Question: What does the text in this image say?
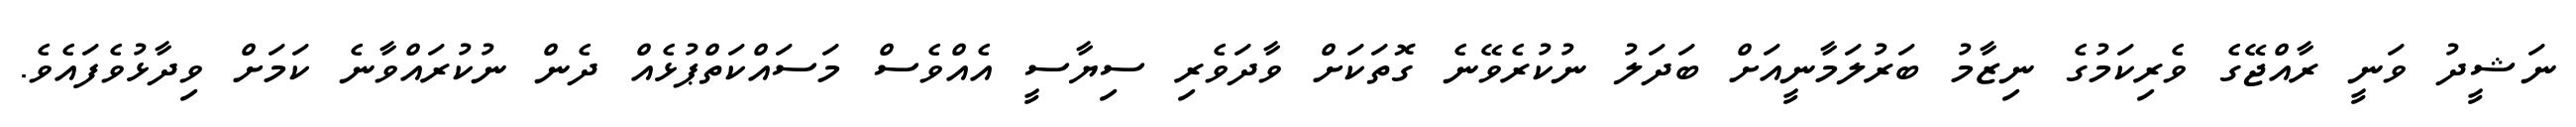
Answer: ނަޝީދު ވަނީ ރާއްޖޭގެ ވެރިކަމުގެ ނިޒާމު ބަރުލަމާނީއަށް ބަދަލު ނުކުރެވޭނެ ގޮތަކަށް ވާދަވެރި ސިޔާސީ އެއްވެސް މަސައްކަތްޕުޅެއް ދެން ނުކުރައްވާނެ ކަމަށް ވިދާޅުވެފައެވެ.